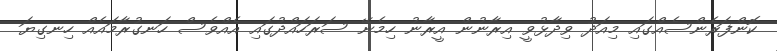
ކޮންފަރެންސެއްގައި މިއަދު ވިދާޅުވީ އިރާނުން އީރާނު ހިމެނޭ ސަރަހައްދުގައި އެއްވެސް ހަނގުރާމައެއް ހިނގިޔަ